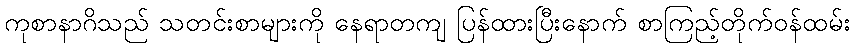
ကုစာနာဂိသည် သတင်းစာများကို နေရာတကျ ပြန်ထားပြီးနောက် စာကြည့်တိုက်ဝန်ထမ်း